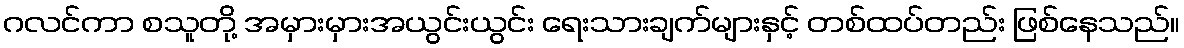
ဂလင်ကာ စသူတို့ အမှားမှားအယွင်းယွင်း ရေးသားချက်များနှင့် တစ်ထပ်တည်း ဖြစ်နေသည်။